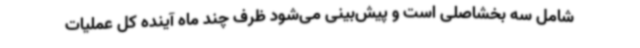
شامل سه بخشاصلی است و پیش‌بینی می‌شود ظرف چند ماه آینده کل عملیات